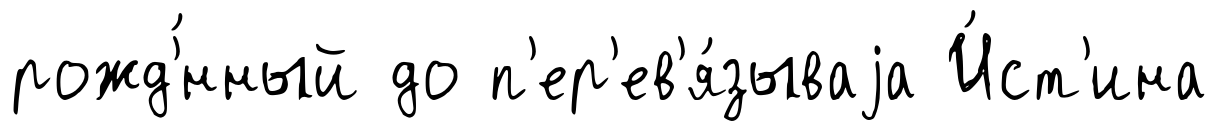
рожд'́нный до п'ер'ев'я́зываjа И́ст'ина